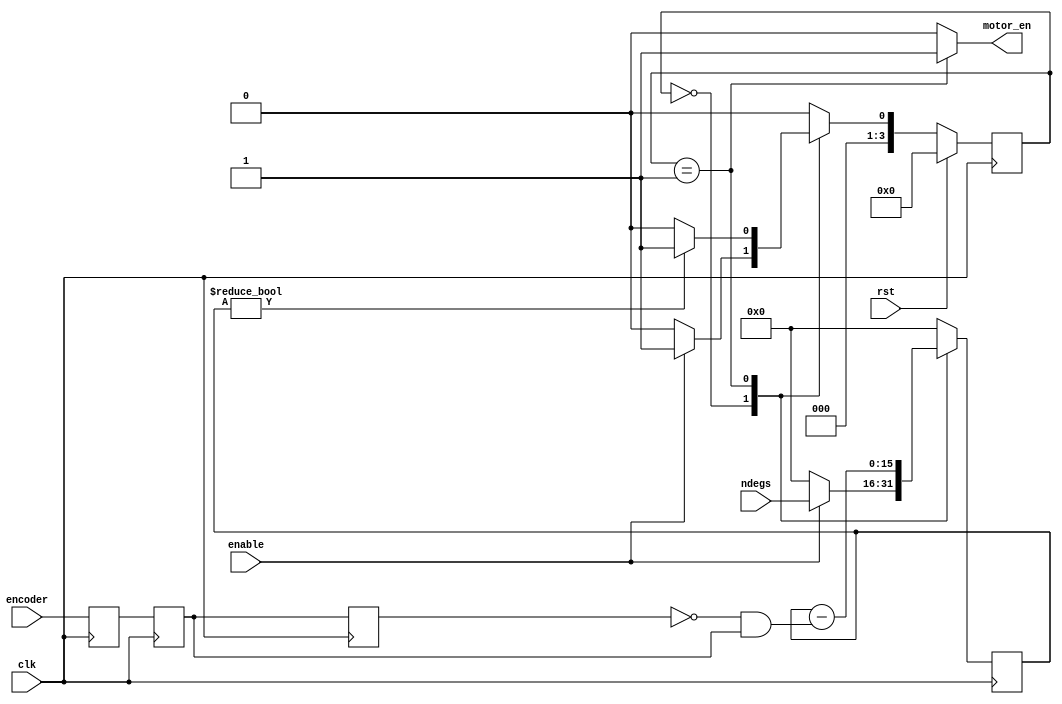
module stepctl (
    input clk,
    input rst,
    input enable,
    input encoder, // encoder pulse
    input [15:0] ndegs, // desired number of ticks (degrees)
    output reg motor_en
);

// states
localparam IDLE = 4'd0;
localparam COUNTDOWN = 4'd1;

// registers
reg [3:0] state, next;
reg [15:0] counter, counter_next;

// encoder edge detector
reg enc1, enc2, enc3;
wire pulse;
always @(posedge clk) begin
    enc1 <= encoder;
    enc2 <= enc1;
    enc3 <= enc2;
end
assign pulse = ~enc3 & enc2;

always @(posedge clk) begin
    state <= rst ? IDLE : next;
    counter <= counter_next;
end

always @(*) begin
    // defaults
    next = IDLE;
    counter_next = 16'd0;
    motor_en = 0;

    case (state)
        IDLE: begin
            next = enable ? COUNTDOWN : IDLE;

            counter_next = enable ? ndegs : 16'd0; // Take a snapshot
            motor_en = 0;
        end

        COUNTDOWN: begin
            next = (counter != 16'd0) ? COUNTDOWN : IDLE;

            counter_next = counter - {15'd0, pulse};
            motor_en = 1;
        end
    endcase
end

    
endmodule